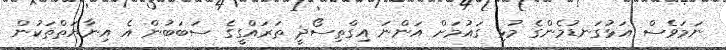
ނަމަވެސް އަޅުގަނޑުމެންގެ މުޅި ގައުމަށް އަންނަ އިގްތިސޯދީ ތަރައްގީގެ ސަބަބުން އެ އިނާޔަތްތަކުން